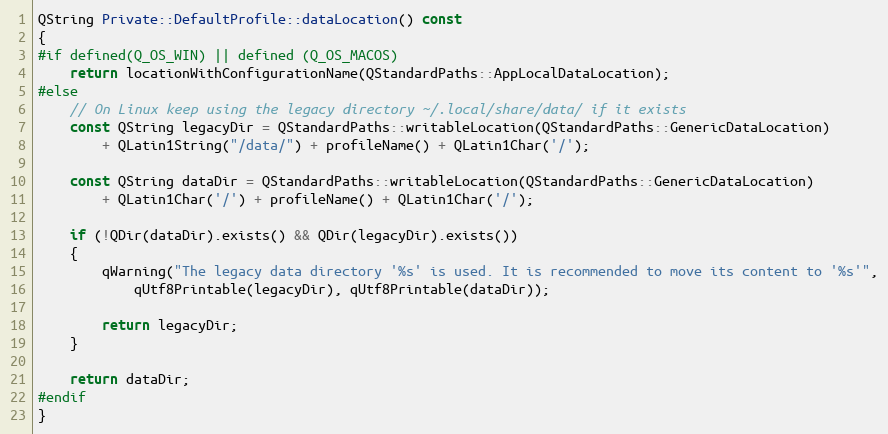
Language: C++
QString Private::DefaultProfile::dataLocation() const
{
#if defined(Q_OS_WIN) || defined (Q_OS_MACOS)
    return locationWithConfigurationName(QStandardPaths::AppLocalDataLocation);
#else
    // On Linux keep using the legacy directory ~/.local/share/data/ if it exists
    const QString legacyDir = QStandardPaths::writableLocation(QStandardPaths::GenericDataLocation)
        + QLatin1String("/data/") + profileName() + QLatin1Char('/');

    const QString dataDir = QStandardPaths::writableLocation(QStandardPaths::GenericDataLocation)
        + QLatin1Char('/') + profileName() + QLatin1Char('/');

    if (!QDir(dataDir).exists() && QDir(legacyDir).exists())
    {
        qWarning("The legacy data directory '%s' is used. It is recommended to move its content to '%s'",
            qUtf8Printable(legacyDir), qUtf8Printable(dataDir));

        return legacyDir;
    }

    return dataDir;
#endif
}